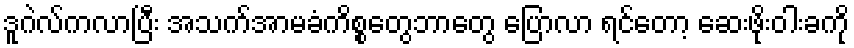
ဒူဂဲလ်ကလာပြီး အသက်အာမခံကိစ္စတွေဘာတွေ ပြောလာ ရင်တော့ ဆေးဖိုးဝါးခကို